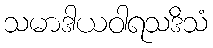
သမာဒါယဝါရသဒိသံ